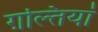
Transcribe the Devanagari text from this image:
ग़ल्तियां